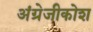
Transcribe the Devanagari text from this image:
अंग्रेजीकोश